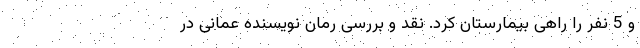
و 5 نفر را راهی بیمارستان کرد. نقد و بررسى رمانِ نویسنده عمانی در